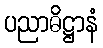
ပညာဓိဋ္ဌာနံ